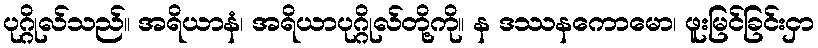
ပုဂ္ဂိုလ်သည်။ အရိယာနံ၊ အရိယာပုဂ္ဂိုလ်တို့ကို။ န ဒဿနကောမော၊ ဖူးမြင်ခြင်းငှာ